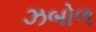
ઝબોળ